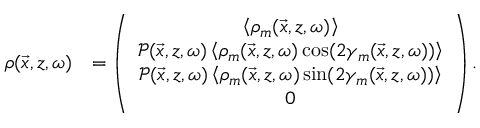
\begin{array} { r l } { \boldsymbol { \rho } ( \vec { x } , z , \omega ) } & { = \left( \begin{array} { c } { \left\langle \rho _ { m } ( \vec { x } , z , \omega ) \right\rangle } \\ { \mathcal { P } ( \vec { x } , z , \omega ) \left\langle \rho _ { m } ( \vec { x } , z , \omega ) \cos ( 2 \gamma _ { m } ( \vec { x } , z , \omega ) ) \right\rangle } \\ { \mathcal { P } ( \vec { x } , z , \omega ) \left\langle \rho _ { m } ( \vec { x } , z , \omega ) \sin ( 2 \gamma _ { m } ( \vec { x } , z , \omega ) ) \right\rangle } \\ { 0 } \end{array} \right) . } \end{array}